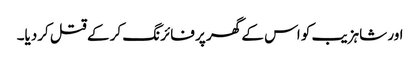
اور شاہزیب کو اس کے گھر پر فائرنگ کر کے قتل کردیا۔